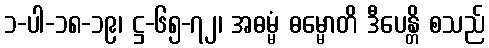
၁-ပါ-၁၈-၁၉၊ ဋ္ဌ-၆၅-၇၂၊ အဓမ္မံ ဓမ္မောတိ ဒီပေန္တိ စသည်